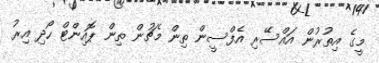
މީގެ އިތުރުން އައްސޭރި އެފްސީން ތިން މެޗުން ތިން ޕޮއިންޓް ހޯދި އިރު